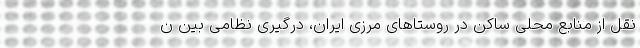
نقل از منابع محلی ساکن در روستاهای مرزی ایران، درگیری نظامی بین ن